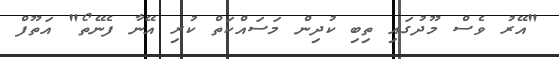
"އޭރު ވެސް މޫދުގައި ތިބި ކުދިން މަސައްކަތް ކުރި އޭނާ ފެނޭތޯ" އަތޫފް